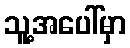
သူ့အပေါ်မှာ